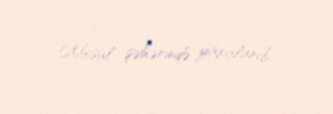
Mosul şəhərində yaxalanıb.